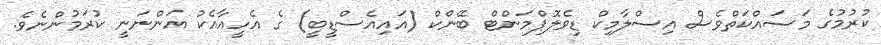
ކުރުމުގެ މަސައްކަތްވެސް އިސްލާމިކް ޑިވެލޮޕްމަންޓް ބޭންކް (އައިއެސްޑީބީ) ގެ އެހީއާއެކު އަންނަނީ ކުރަމުންނެވެ.